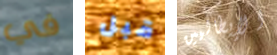
في قبل الإيطاليين